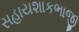
સહાયશાકભાજી